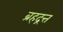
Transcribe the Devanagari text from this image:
ब्रहद्रत्त